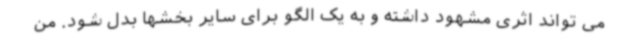
می تواند اثری مشهود داشته و به یک الگو برای سایر بخشها بدل شود. من